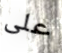
على